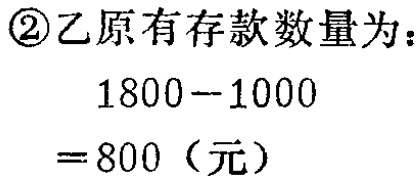
\textcircled{2}乙原有存款数量为：

\[

\begin{align*}

&1800 - 1000\\

=&800（元）

\end{align*}

\]